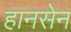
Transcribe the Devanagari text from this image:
हानसेन